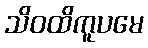
သိဝထိကူပမေ